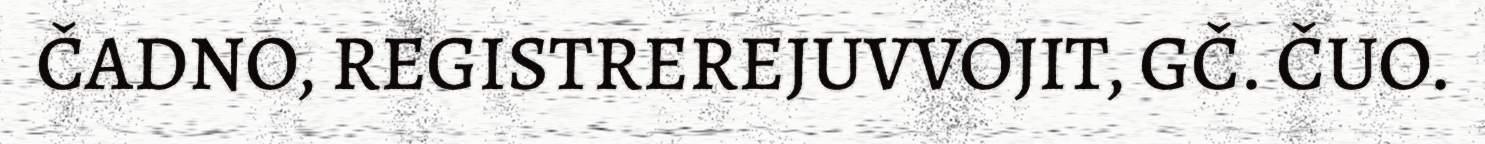
ČADNO, REGISTREREJUVVOJIT, GČ. ČUO.